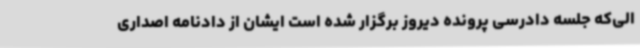
الی‌که جلسه دادرسی پرونده دیروز برگزار شده است ایشان از دادنامه اصداری